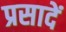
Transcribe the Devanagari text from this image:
प्रसादें